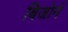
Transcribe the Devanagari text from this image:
बिजोर्न